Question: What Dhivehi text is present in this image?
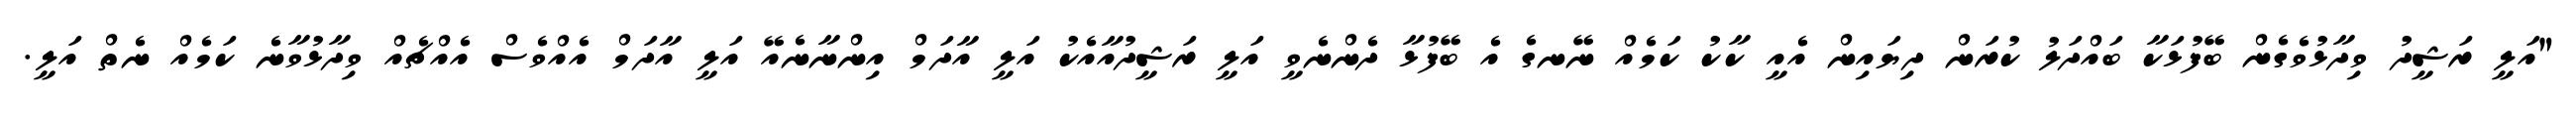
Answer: "އަލީ ރަޝީދު ވިދާޅުވެގެން ބޭފުޅަކާ ބައްދަލު ކުރަން ދިޔައިން އެއީ ކާކު ކަމެއް ނޭނގެ އެ ބޭފުޅާ ދެންނެވީ އަލީ ރަޝީދުއާއެކު އަލީ އާދަމް އިންނާނެއޭ އަލީ އާދަމް އެއްވެސް އެއްޗެއް ވިދާޅުވާނެ ކަމެއް ނެތް އަލީ.